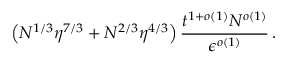
\left( N ^ { 1 / 3 } \eta ^ { 7 / 3 } + N ^ { 2 / 3 } \eta ^ { 4 / 3 } \right) \frac { t ^ { 1 + o ( 1 ) } N ^ { o ( 1 ) } } { \epsilon ^ { o ( 1 ) } } \, .